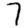
Digit: 7